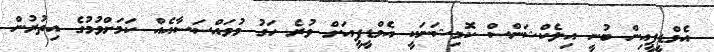
އެމްޑީޕީއިން ބުނީ އިލެކްޝަންސް ކޮމިޝަނަކީ އެމްޑީޕީއަށް ވުރެ ހަގު މުވައްސަސާއެއް ކަމަށްވުމުގެ އިތުރުން